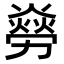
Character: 𠢸